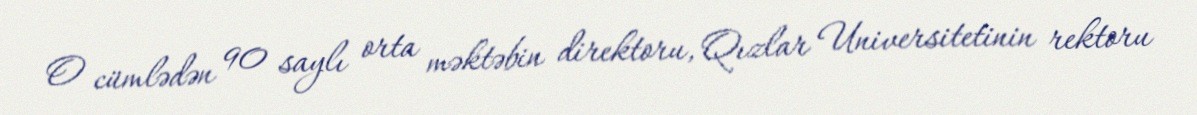
O cümlədən 90 saylı orta məktəbin direktoru, Qızlar Universitetinin rektoru